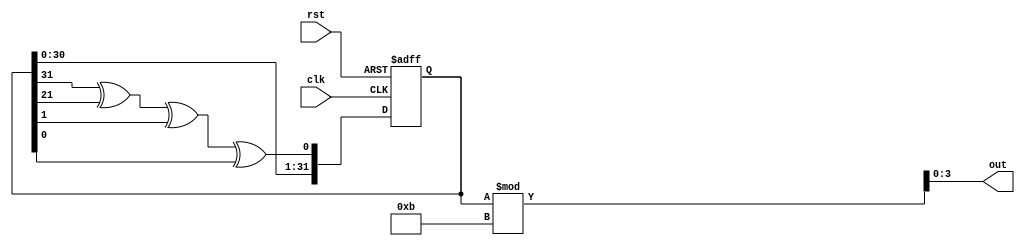
`timescale 1ns / 1ps
//////////////////////////////////////////////////////////////////////////////////
// Company: 
// Engineer: 
// 
// Design Name: 
// Module Name: lsfr_32bit
// Project Name: 
// Target Devices: 
// Tool Versions: 
// Description: 
// 
// Dependencies: 
// 
// Revision:
// Revision 0.01 - File Created
// Additional Comments:
// 
//////////////////////////////////////////////////////////////////////////////////


module lsfr_32bit(input clk, input rst, output reg [3:0] out);
    reg [31:0] tempOut = 1;
    wire random = tempOut[31] ^ tempOut[21] ^ tempOut[1] ^ tempOut[0];
    
    always @ (*) begin
        out = tempOut % 11;
    end
    
    always @ (posedge clk, posedge rst) begin
        if (rst) begin
            tempOut <= 1;
        end else begin
            tempOut <= {tempOut[30:0], random};
        end
    end

endmodule